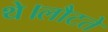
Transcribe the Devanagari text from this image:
थे।लौटते